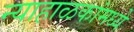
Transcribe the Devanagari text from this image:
न्याहाळकांमध्ये